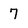
Character: 7